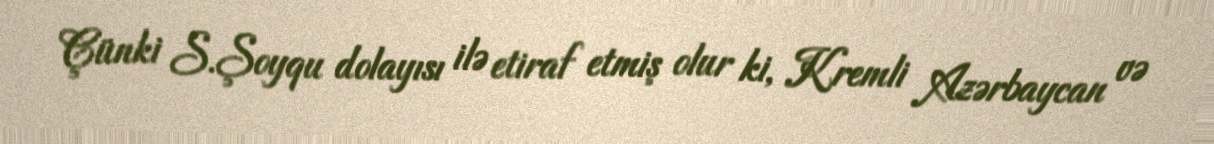
Çünki S.Şoyqu dolayısı ilə etiraf etmiş olur ki, Kremli Azərbaycan və